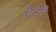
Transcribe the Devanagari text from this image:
ऐटेने